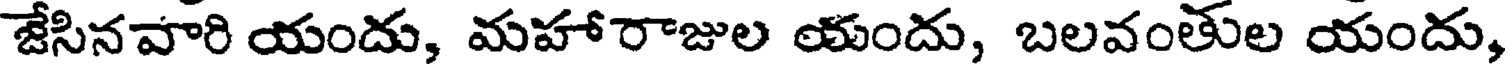
జేసినవారి యందు, మహారాజుల యందు, బలవంతుల యందు,